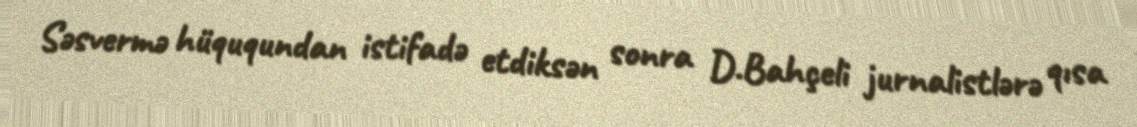
Səsvermə hüququndan istifadə etdiksən sonra D.Bahçeli jurnalistlərə qısa